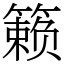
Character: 籁